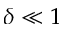
\delta \ll 1